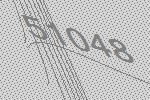
51048